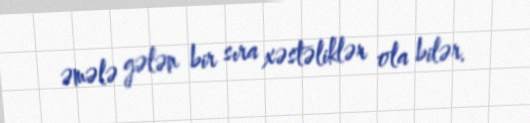
əmələ gələn bir sıra xəstəliklər ola bilər.